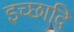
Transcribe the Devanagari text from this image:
इच्छादि